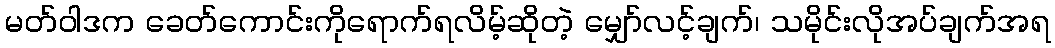
မတ်ဝါဒက ခေတ်ကောင်းကိုရောက်ရလိမ့်ဆိုတဲ့ မျှော်လင့်ချက်၊ သမိုင်းလိုအပ်ချက်အရ